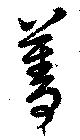
菁